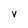
Character: v